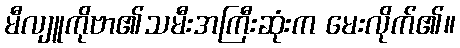
မီလျူကိုဗာ၏သမီးအကြီးဆုံးက မေးလိုက်၏။